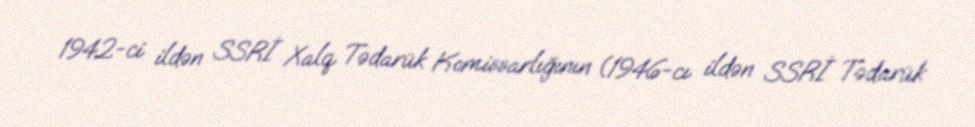
1942-ci ildən SSRİ Xalq Tədarük Komissarlığının (1946-cı ildən SSRİ Tədarük